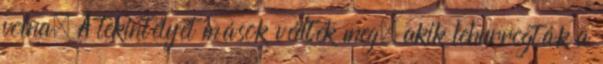
volna. A tekintélyét mások védték meg, akik lehurrogták a